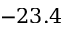
- 2 3 . 4